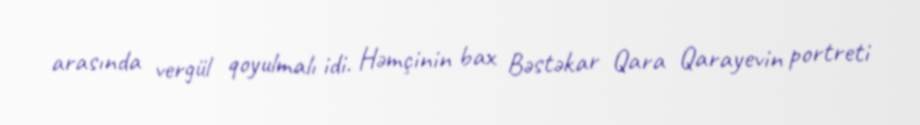
arasında vergül qoyulmalı idi. Həmçinin bax Bəstəkar Qara Qarayevin portreti